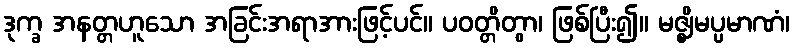
ဒုက္ခ အနတ္တဟူသော အခြင်းအရာအားဖြင့်ပင်။ ပဝတ္တိတွာ၊ ဖြစ်ပြီး၍။ မဇ္ဈိမပ္ပမာဏံ၊